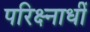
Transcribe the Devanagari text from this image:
परिक्ष्नाधीं